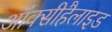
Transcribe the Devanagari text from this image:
ऑक्सीहैलाइड